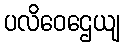
ပလိဝေဌေယျ